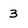
Character: 3